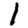
Digit: 1